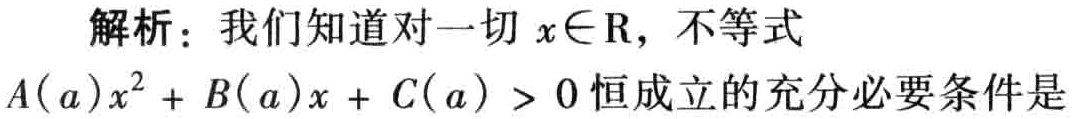
解析：我们知道对一切\(x\in\mathrm{R}\)，不等式\(A(a)x^{2}+B(a)x + C(a)>0\)恒成立的充分必要条件是